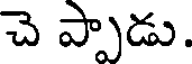
చె ప్పాడు.